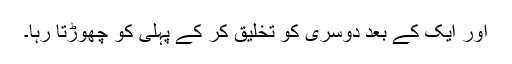
اور ایک کے بعد دوسری کو تخلیق کر کے پہلی کو چھوڑتا رہا۔